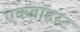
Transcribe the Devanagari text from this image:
एक्जाॅहस्ट